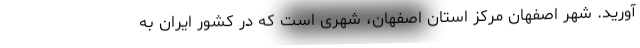
آورید. شهر اصفهان مرکز استان اصفهان، شهری است که در کشور ایران به